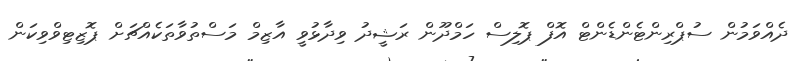
ދެއްވަމުން ސުޕްރިންޓެންޑެންޓް އޮފް ޕޮލިސް ހަމްދޫން ރަޝީދު ވިދާޅުވީ އާޒިމް މަސްތުވާތަކެއްޗަށް ޕޮޒިޓިވްވިކަން